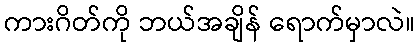
ကားဂိတ်ကို ဘယ်အချိန် ရောက်မှာလဲ။